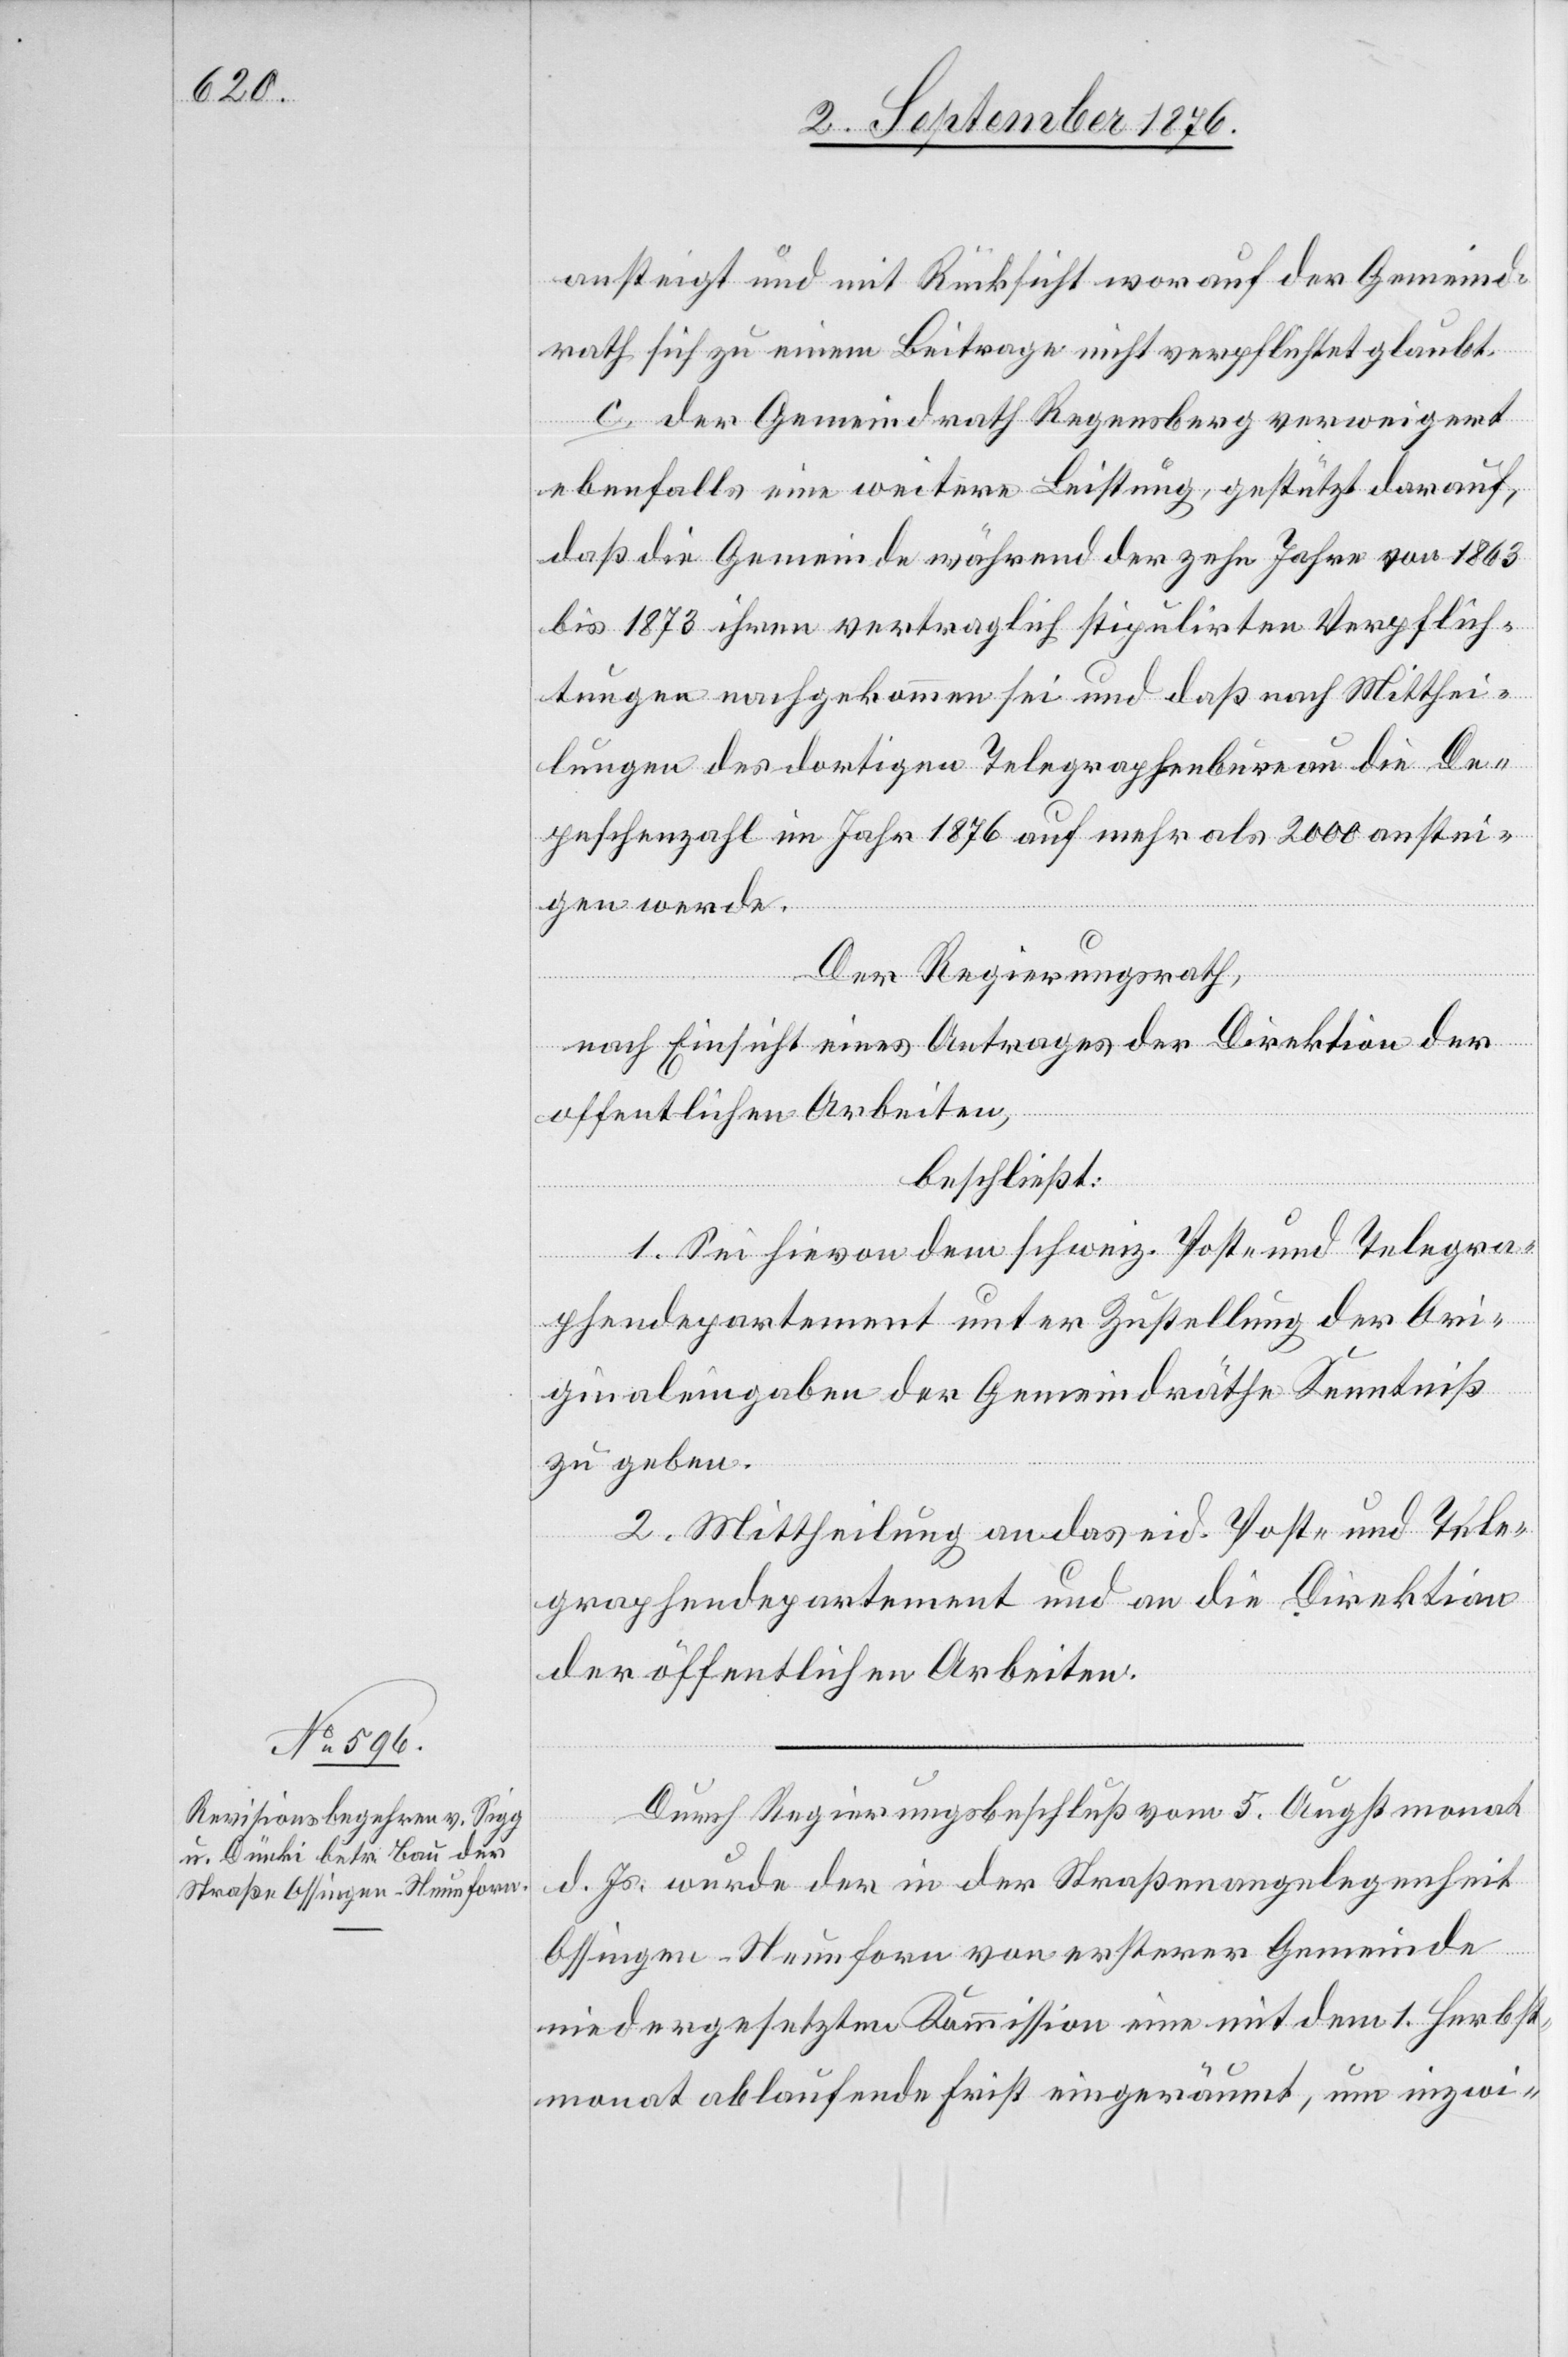
ansteigt und mit Rücksicht worauf [sic!] der Gemeind¬
rath sich zu einem Beitrage nicht verpflichtet glaubt.
c. der Gemeindrath Regensberg verweigert
ebenfalls eine weitere Leistung, gestützt darauf,
daß die Gemeinde während der zehn Jahre von 1863
bis 1873 ihren vertraglich stipulirten Verpflich¬
tungen nachgekommen sei und daß nach Mitthei¬
lungen des dortigen Telegraphenbureau die De¬
peschenzahl im Jahr 1876 auf mehr als 2000 anstei¬
gen werde.
Der Regierungsrath,
nach Einsicht eines Antrages der Direktion der
öffentlichen Arbeiten,
beschließt:
1. Sei hievon dem schweiz. Post- und Telegra¬
phendepartement unter Zustellung der Ori¬
ginaleingaben der Gemeindräthe Kenntniß
zu geben.
2. Mittheilung an das eid. Post- und Tele¬
graphendepartement und an die Direktion
der öffentlichen Arbeiten.
Durch Regierungsrathsbeschluß vom 5. Augstmonat
d. Js. wurde der in der Straßenangelegenheit
Ossingen–Neunforn von ersterer Gemeinde
niedergesetzten Kommission eine mit dem 1. Herbst¬
monat ablaufende Frist eingeräumt, um inzwi-